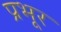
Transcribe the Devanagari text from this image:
प्रभूर